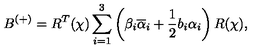
B ^ { ( + ) } = R ^ { T } ( \chi ) \sum _ { i = 1 } ^ { 3 } \left( \beta _ { i } \overline { { \alpha } } _ { i } + \frac { 1 } { 2 } b _ { i } \alpha _ { i } \right) R ( \chi ) ,